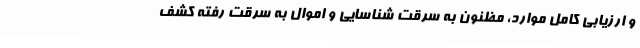
و ارزیابی کامل موارد، مظنون به سرقت شناسایی و اموال به سرقت رفته کشف